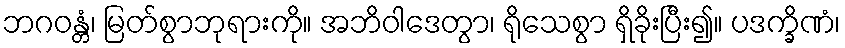
ဘဂဝန္တံ၊ မြတ်စွာဘုရားကို။ အဘိဝါဒေတွာ၊ ရိုသေစွာ ရှိခိုးပြီး၍။ ပဒက္ခိဏံ၊